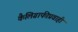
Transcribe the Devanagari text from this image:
कैलिग्राफीप्रवाही